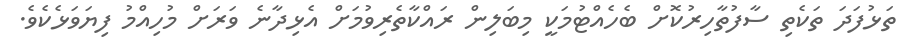
ތަޅުފަދަ ތަކެތި ސާފުތާހިރުކޮށް ބެހެއްޓުމަކީ މިބަލިން ރައްކާތެރިވުމަށް އެޅިދާނެ ވަރަށް މުހިއްމު ފިޔަވަޅެކެވެ.